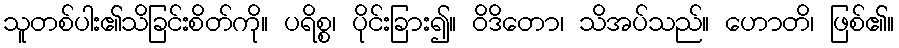
သူတစ်ပါး၏သိခြင်းစိတ်ကို။ ပရိစ္စ၊ ပိုင်းခြား၍။ ဝိဒိတော၊ သိအပ်သည်။ ဟောတိ၊ ဖြစ်၏။